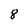
Character: 8